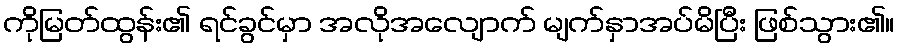
ကိုမြတ်ထွန်း၏ ရင်ခွင်မှာ အလိုအလျောက် မျက်နှာအပ်မိပြီး ဖြစ်သွား၏။